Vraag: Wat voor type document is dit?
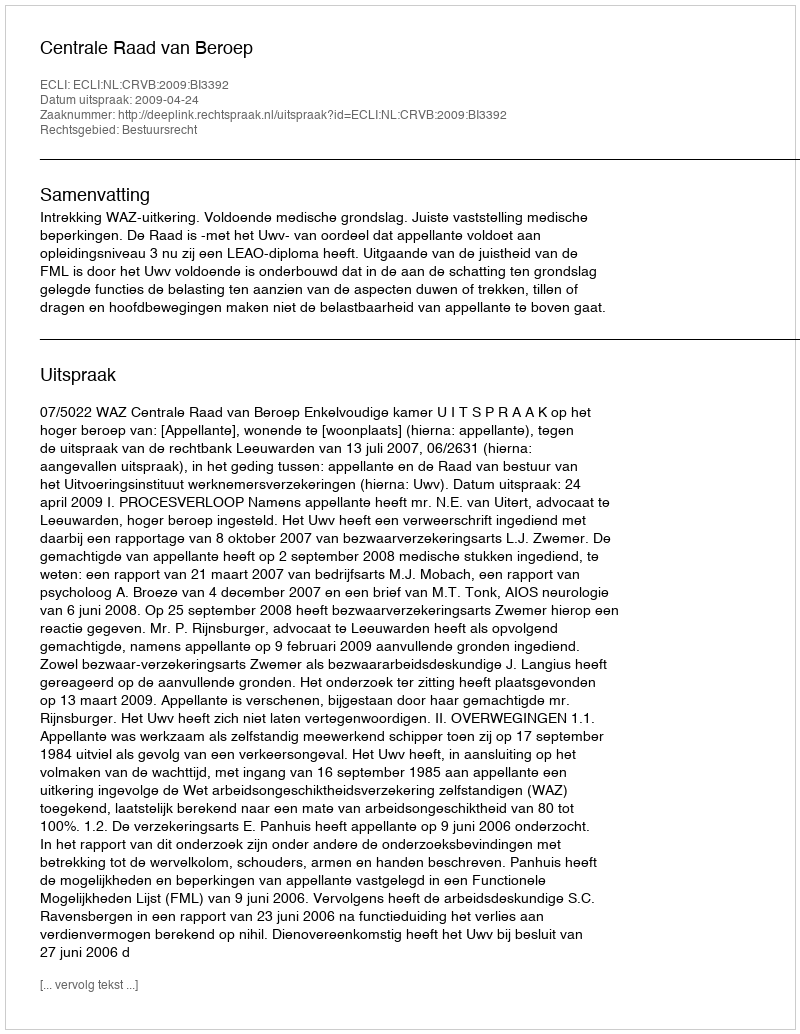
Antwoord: Uitspraak